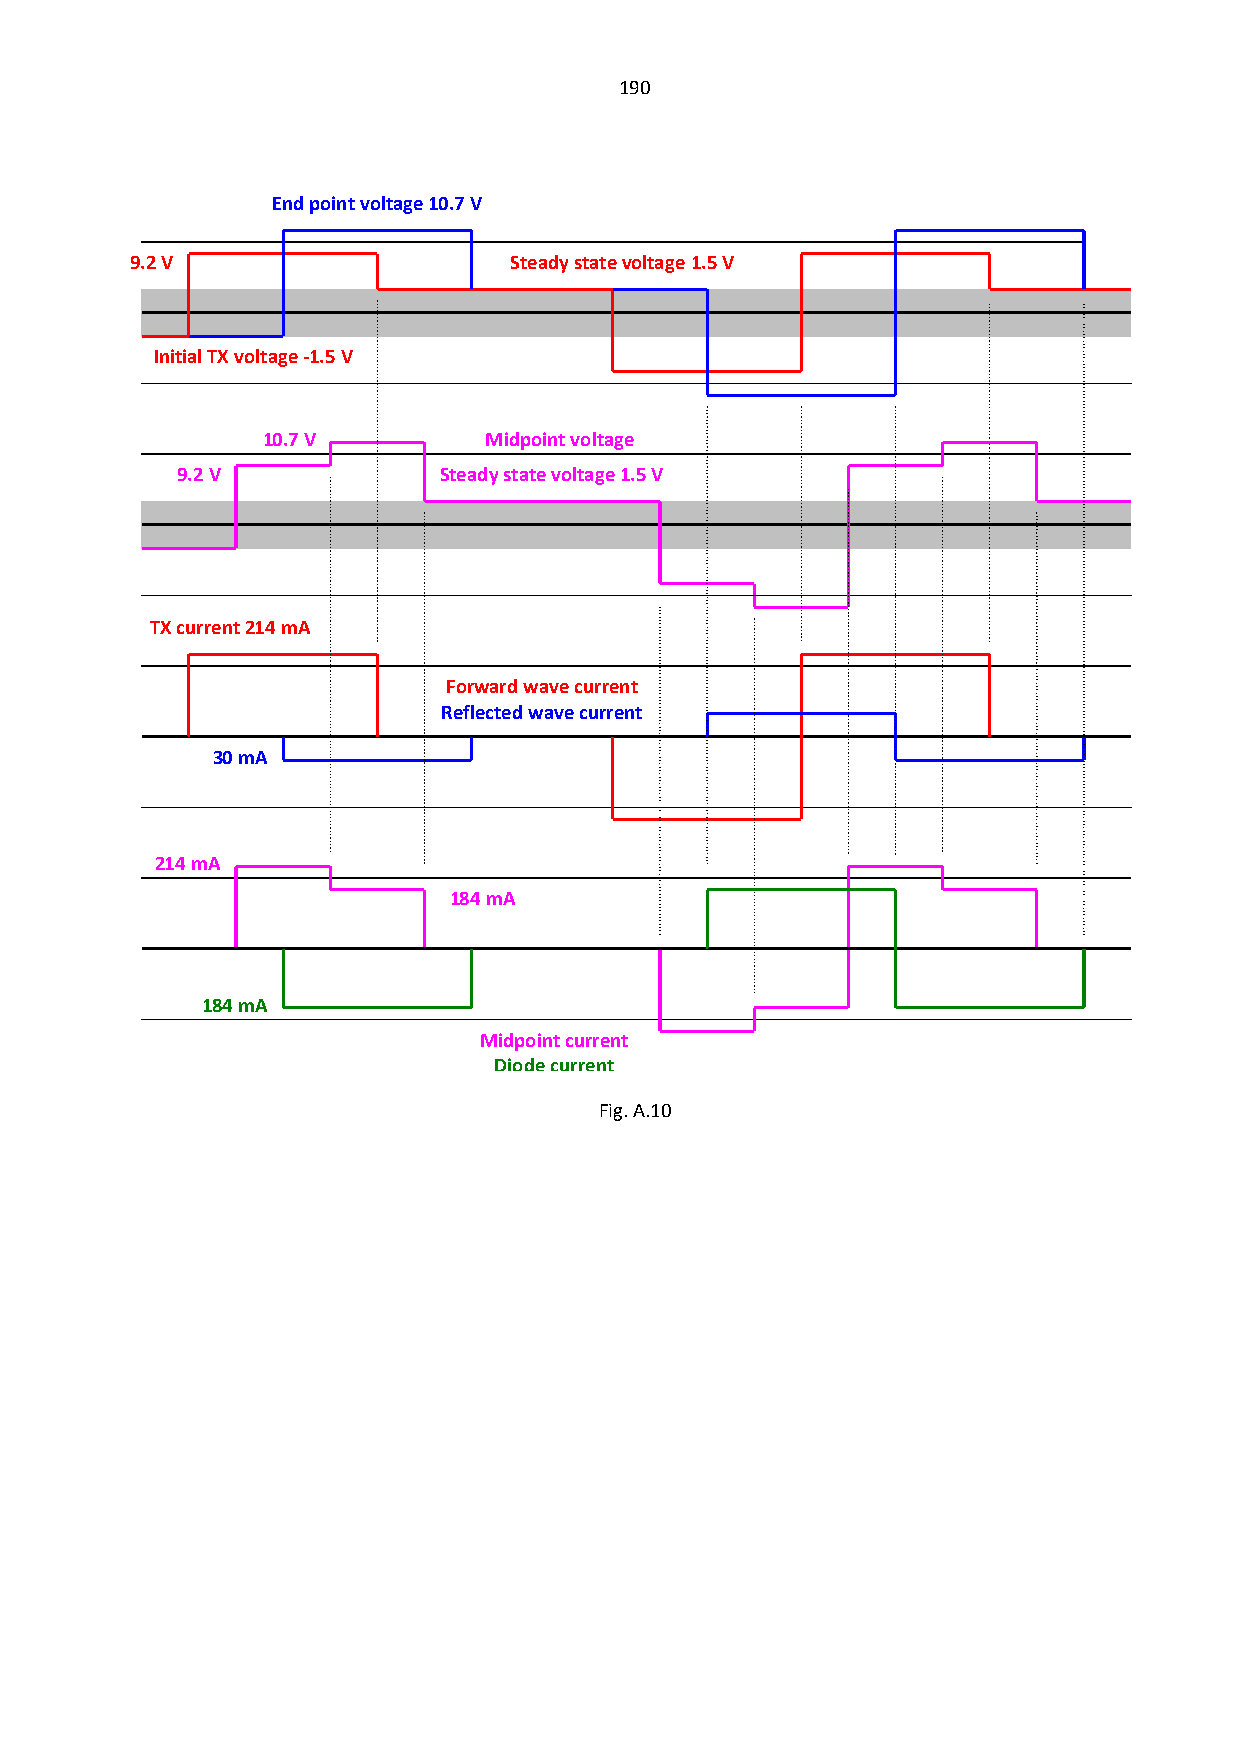
190
 End point voltage 10.7 V
 9.2 V                    Steady state voltage 1.5 V
 Initial TX voltage -1.5 V
 10.7 V         Midpoint voltage
 9.2 V            Steady state voltage 1.5 V
 TX current 214 mA
 Forward wave current
 Reflected wave current
 30 mA
 214 mA
 184 mA
 184 mA
 Midpoint current
 Diode current
 Fig. A.10